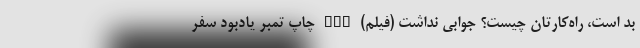
بد است، راه‌کارتان چیست؟ جوابی نداشت (فیلم) nan چاپ تمبر یادبود سفر